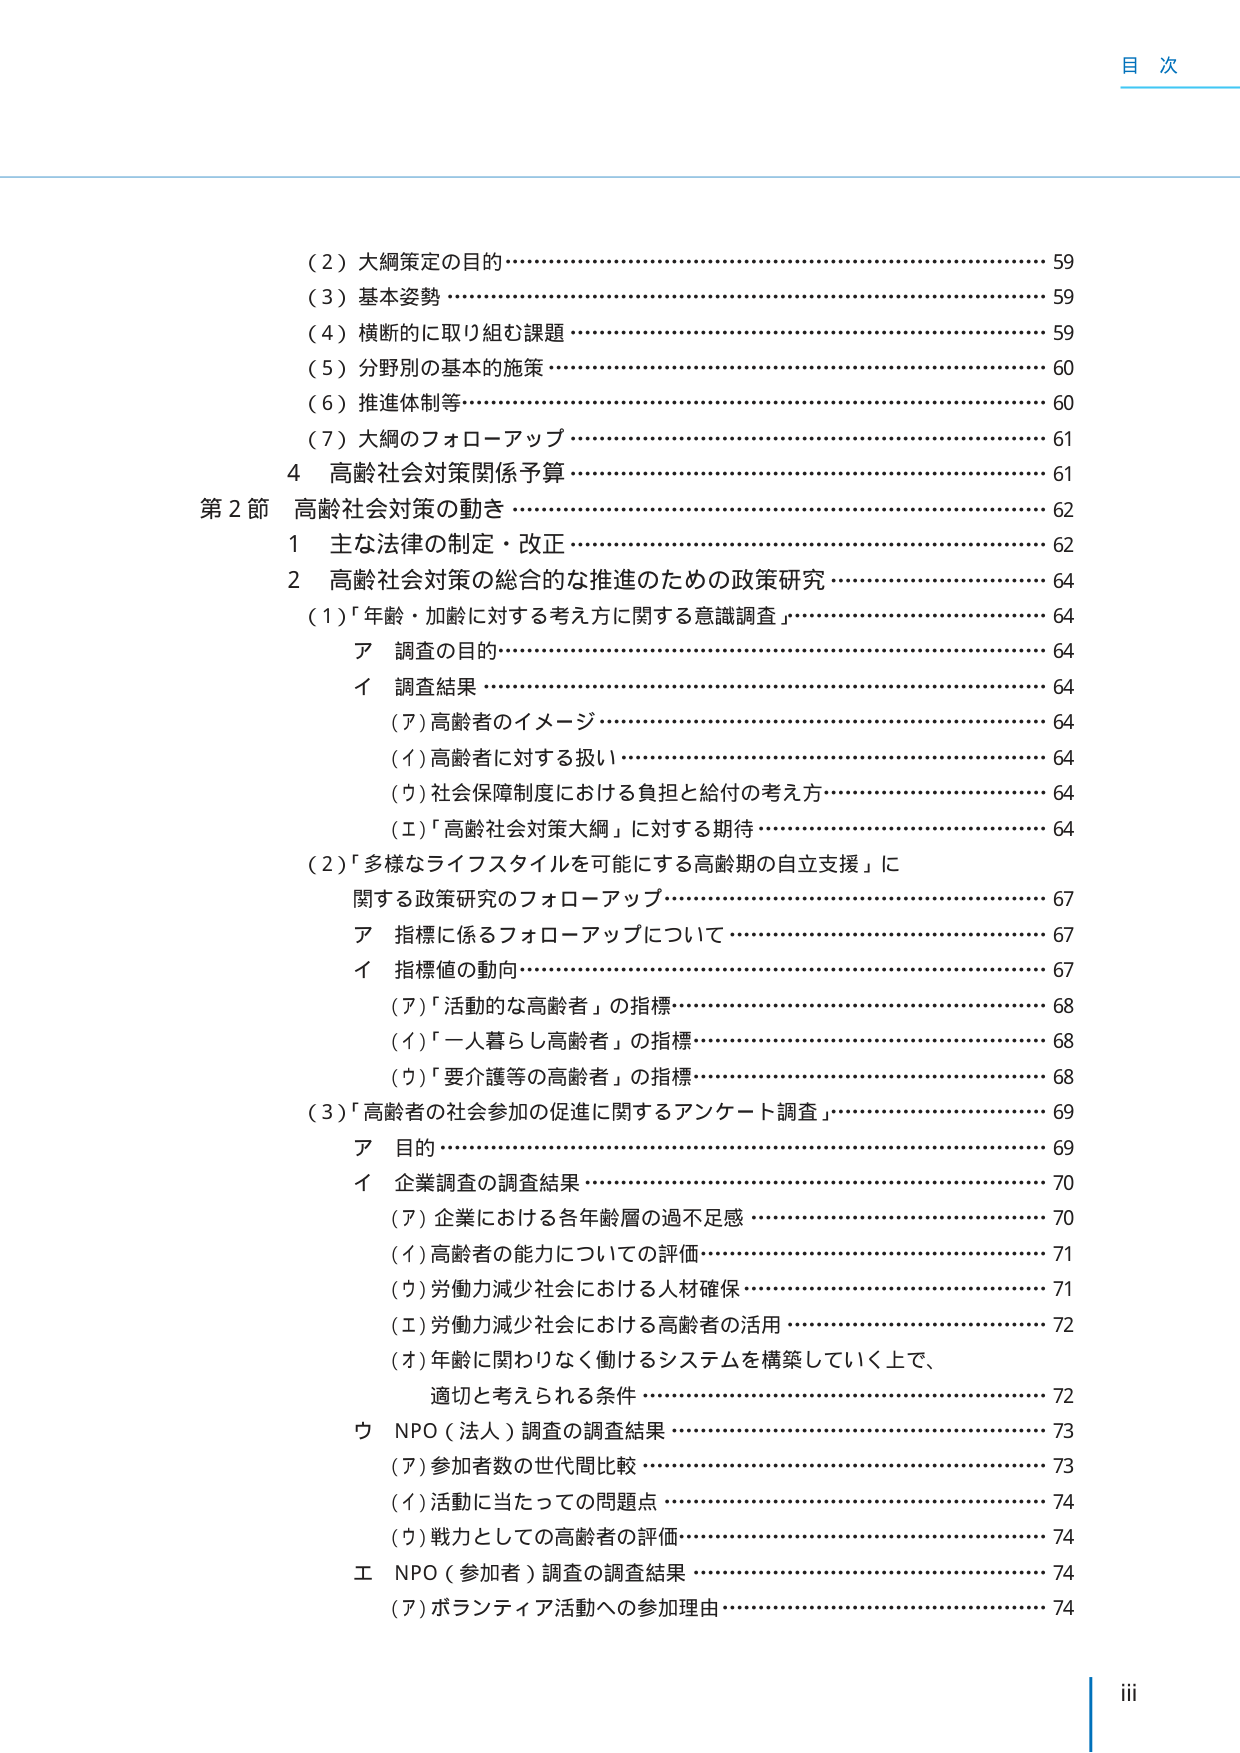
目 次

（２）大綱策定の目的…………………………………………………………… 59
（３）基本姿勢 ………………………………………………………………… 59
（４）横断的に取り組む課題 ………………………………………………… 59
（５）分野別の基本的施策 …………………………………………………… 60
（６）推進体制等 ……………………………………………………………… 60
（７）大綱のフォローアップ ………………………………………………… 61
４ 高齢社会対策関係予算 …………………………………………………… 61
第２節 高齢社会対策の動き ………………………………………………… 62
　１ 主な法律の制定・改正 ………………………………………………… 62
　２ 高齢社会対策の総合的な推進のための政策研究 …………………… 64
　　（１）「年齢・加齢に対する考え方に関する意識調査」………………… 64
　　　ア 調査の目的 ………………………………………………………… 64
　　　イ 調査結果 …………………………………………………………… 64
　　　　（ア）高齢者のイメージ …………………………………………… 64
　　　　（イ）高齢者に対する扱い ………………………………………… 64
　　　　（ウ）社会保障制度における負担と給付の考え方 ……………… 64
　　　　（エ）「高齢社会対策大綱」に対する期待 ……………………… 64
　　（２）「多様なライフスタイルを可能にする高齢期の自立支援」に
　　　　関する政策研究のフォローアップ ………………………………… 67
　　　ア 指標に係るフォローアップについて ……………………………… 67
　　　イ 指標値の動向 ……………………………………………………… 67
　　　　（ア）「活動的な高齢者」の指標 ………………………………… 68
　　　　（イ）「一人暮らし高齢者」の指標 ……………………………… 68
　　　　（ウ）「要介護等の高齢者」の指標 ……………………………… 68
　　（３）「高齢者の社会参加の促進に関するアンケート調査」………… 69
　　　ア 目的 ………………………………………………………………… 69
　　　イ 企業調査の調査結果 ……………………………………………… 70
　　　　（ア）企業における各年齢層の過不足感 ………………………… 70
　　　　（イ）高齢者の能力についての評価 ……………………………… 71
　　　　（ウ）労働力減少社会における人材確保 ………………………… 71
　　　　（エ）労働力減少社会における高齢者の活用 …………………… 72
　　　　（オ）年齢に関わりなく働けるシステムを構築していく上で、
　　　　　　適切と考えられる条件 ………………………………………… 72
　　　ウ NPO（法人）調査の調査結果 ……………………………………… 73
　　　　（ア）参加者数の世代間比較 ……………………………………… 73
　　　　（イ）活動に当たっての問題点 …………………………………… 74
　　　　（ウ）戦力としての高齢者の評価 ………………………………… 74
　　　エ NPO（参加者）調査の調査結果 …………………………………… 74
　　　　（ア）ボランティア活動への参加理由 …………………………… 74

iii